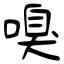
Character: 嗅